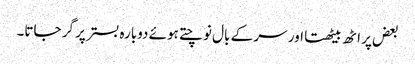
بعض پر اٹھ بیٹھتا اور سر کے بال نوچتے ہوئے دوبارہ بستر پر گر جاتا۔